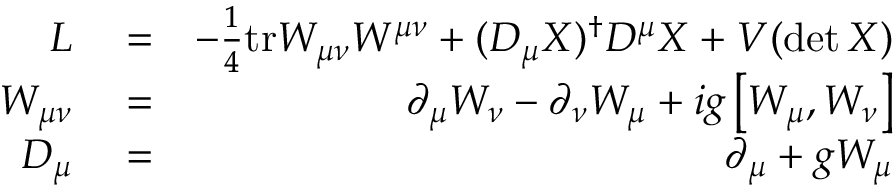
\begin{array} { r l r } { \cal { L } } & { { } = } & { - \frac { 1 } { 4 } \mathrm { t r } W _ { \mu \nu } W ^ { \mu \nu } + ( D _ { \mu } X ) ^ { \dagger } D ^ { \mu } X + V ( \operatorname* { d e t } X ) } \\ { W _ { \mu \nu } } & { { } = } & { \partial _ { \mu } W _ { \nu } - \partial _ { \nu } W _ { \mu } + i g \left[ W _ { \mu } , W _ { \nu } \right] } \\ { D _ { \mu } } & { { } = } & { \partial _ { \mu } + g W _ { \mu } } \end{array}